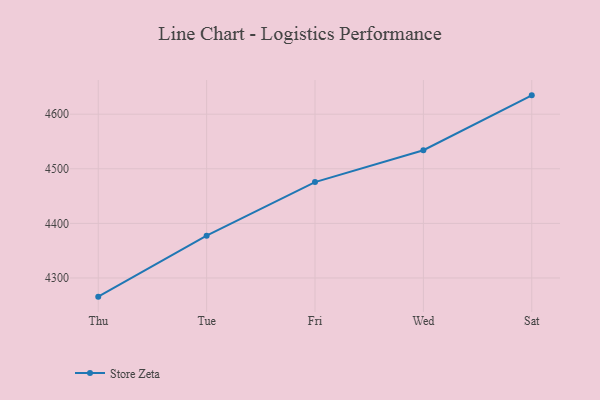
{"axis": {"x": "Day", "y": "Latency (ms)"}, "legend": ["Store Zeta"], "data": [{"x": "Thu", "y": 4265.8, "type": "Store Zeta"}, {"x": "Tue", "y": 4377.5, "type": "Store Zeta"}, {"x": "Fri", "y": 4475.6, "type": "Store Zeta"}, {"x": "Wed", "y": 4534.0, "type": "Store Zeta"}, {"x": "Sat", "y": 4634.5, "type": "Store Zeta"}]}